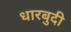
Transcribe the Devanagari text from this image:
धारबुदी